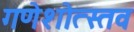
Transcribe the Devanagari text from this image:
गणेशोत्स्तव